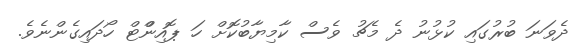
ދެވަނަ ބުރުގައި ކުޅުނު ދެ މެޗު ވެސް ކާމިޔާބުކޮށް ހަ ޕޮއިންްޓް ހޯދައިގެންނެވެ.